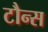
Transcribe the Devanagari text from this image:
टौन्स